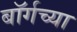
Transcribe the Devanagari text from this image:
बॉर्गच्या